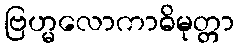
ဗြဟ္မလောကာဓိမုတ္တာ